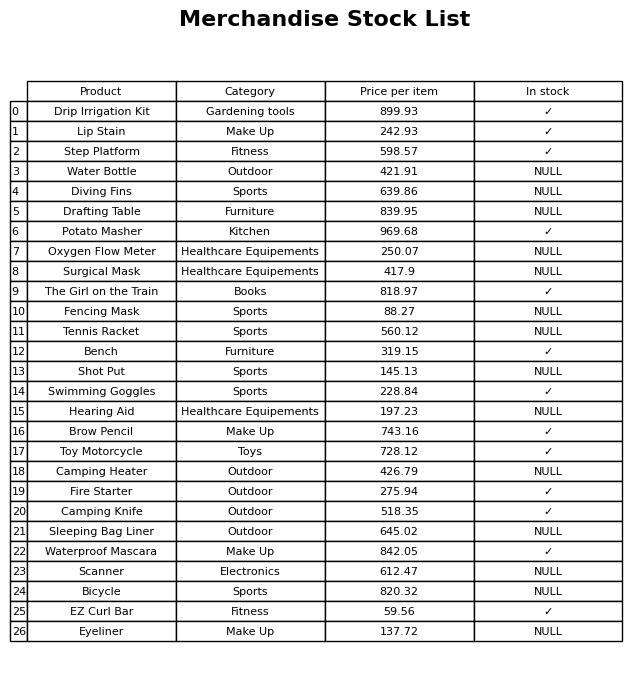
question: What is the price for Waterproof Mascara?
answer: The price of Waterproof Mascara is 842.05.